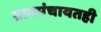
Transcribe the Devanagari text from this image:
ग्रामपंचायतही